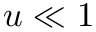
u \ll 1